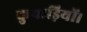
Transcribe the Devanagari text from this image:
कुवाड़ियों।